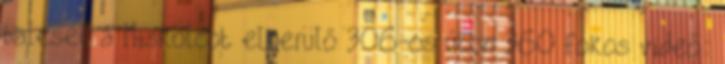
baleset a Miskolcot elkerülő 306-os úton 360 fokos videó: